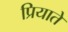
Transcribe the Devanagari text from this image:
प्रियाते